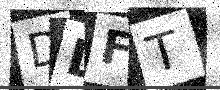
Text: DDFT